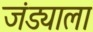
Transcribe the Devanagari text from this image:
जंड्याला